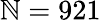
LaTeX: \mathbb{N}=921